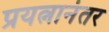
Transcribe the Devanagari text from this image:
प्रयत्नानंतर